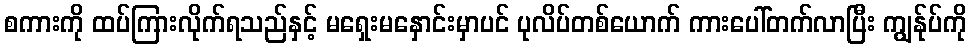
စကားကို ထပ်ကြားလိုက်ရသည်နှင့် မရှေးမနှောင်းမှာပင် ပုလိပ်တစ်ယောက် ကားပေါ်တက်လာပြီး ကျွန်ုပ်ကို